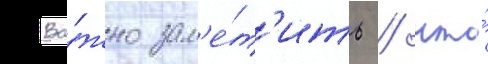
Ва́жно зам'е́т'ить / что́